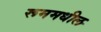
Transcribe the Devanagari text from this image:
रूममधील